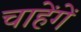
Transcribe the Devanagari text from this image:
चाहेंगें